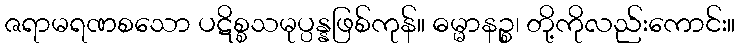
ဇရာမရဏစသော ပဋိစ္စသမုပ္ပန္နဖြစ်ကုန်။ ဓမ္မာနဉ္စ၊ တို့ကိုလည်းကောင်း။